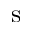
\mathrm { s }